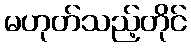
မဟုတ်သည့်တိုင်